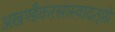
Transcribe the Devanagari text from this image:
अखण्डैकरसास्वादतृप्तो